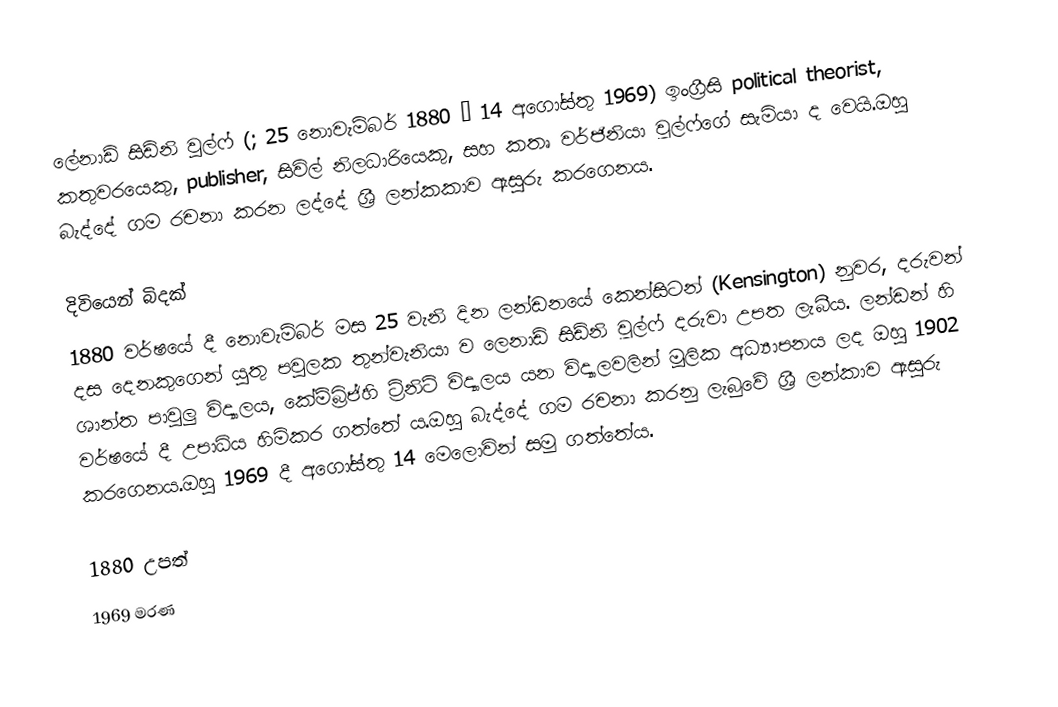
ලේනාඩ් සිඩ්නි වුල්ෆ් (; 25 නොවැම්බර් 1880 – 14 අගෝස්තු 1969) ඉංග්‍රීසි political theorist, කතුවරයෙකු, publisher, සිවිල් නිලධාරියෙකු, සහ කතෘ වර්ජිනියා වූල්ෆ්ගේ සැමියා ද වෙයි.ඔහු බැද්දේ ගම රචනා කරන ලද්දේ ශ්‍රී ලන්කකාව ඇසුරු කරගෙනය.

දිවියෙන් බිදක්
1880 වර්ෂයේ දී නොවැම්බර් මස 25 වැනි දින ලන්ඩනයේ කෙන්සිටන් (Kensington) නුවර, දරුවන් දස දෙනකුගෙන් යුතු පවුලක තුන්වැනියා ව ලෙනාඩ් සිඩ්නි වූල්ෆ් දරුවා උපත ලැබීය. ලන්ඩන් හි ශාන්ත පාවුලු විද්‍යාලය, කේම්බ්‍රිජ්හි ට්‍රිනිටි විද්‍යාලය යන විද්‍යාලවලින් මූලික අධ්‍යාපනය ලද ඔහු 1902 වර්ෂයේ දී උපාධිය හිමිකර ගත්තේ ය.ඔහු බැද්දේ ගම රචනා කරනු ලැබුවේ ශ්‍රී ලන්කාව ඇසුරු කරගෙනය.ඔහු 1969 දී අගෝස්තු 14 මෙලොවින් සමු ගත්තේය.

1880 උපත්
1969 මරණ